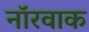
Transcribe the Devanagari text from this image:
नॉरवाक